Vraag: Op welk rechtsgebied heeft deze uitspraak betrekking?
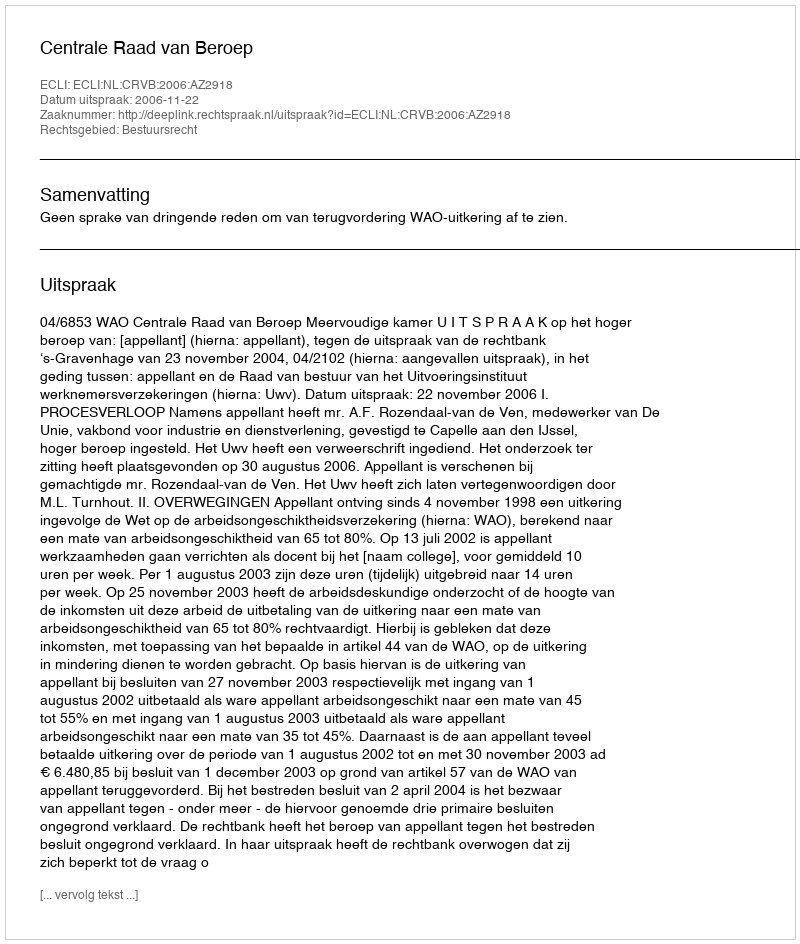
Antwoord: Bestuursrecht